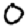
Digit: 0